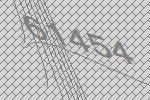
61454